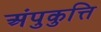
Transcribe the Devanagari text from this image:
अंपुकुत्ति